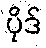
ပိုဒ်